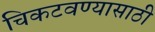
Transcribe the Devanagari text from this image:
चिकटवण्यासाठी